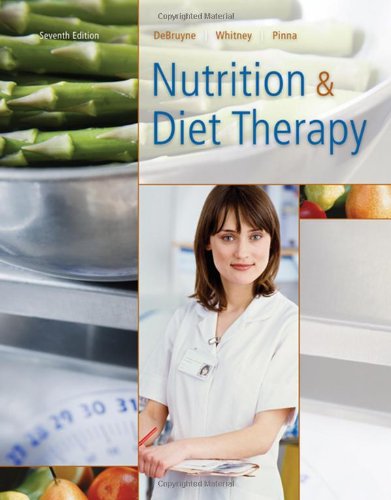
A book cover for Nutrition and Diet Therapy (with InfoTrac 1-Semester, Premium Web Site Printed Access Card); Linda Kelly DeBruyne; Medical Books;